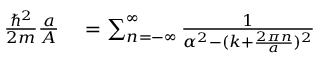
\begin{array} { r l } { { \frac { \hbar ^ { 2 } } { 2 m } } { \frac { a } { A } } } & { { } = \sum _ { n = - \infty } ^ { \infty } { \frac { 1 } { \alpha ^ { 2 } - ( k + { \frac { 2 \pi n } { a } } ) ^ { 2 } } } } \end{array}